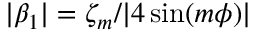
| \beta _ { 1 } | = \zeta _ { m } / | 4 \sin ( m \phi ) |